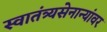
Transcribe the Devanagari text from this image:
स्वातंत्र्यसेनान्यांवर